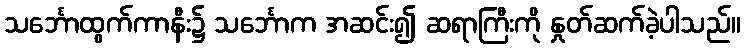
သင်္ဘောထွက်ကာနီး၌ သင်္ဘောက အဆင်း၍ ဆရာကြီးကို နှုတ်ဆက်ခဲ့ပါသည်။